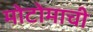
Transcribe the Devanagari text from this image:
मोटोमाची